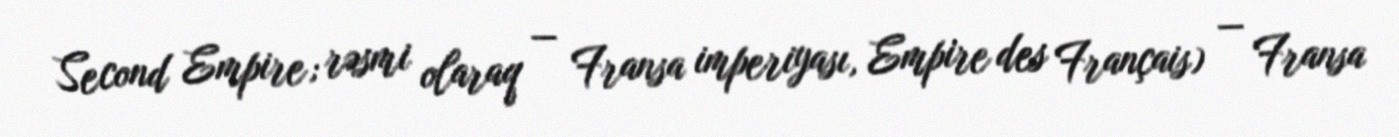
Second Empire; rəsmi olaraq — Fransa imperiyası, Empire des Français) — Fransa